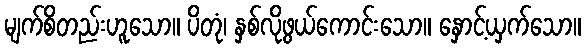
မျက်စိတည်းဟူသော။ ပိတုံ၊ နှစ်လိုဖွယ်ကောင်းသော။ နှောင့်ယှက်သော။